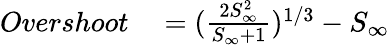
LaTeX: \begin{array}{rl}{Overshoot}&{{}=(\frac{2S_{\infty}^{2}}{S_{\infty}+1})^{1/3}-S_{\infty}}\end{array}